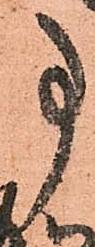
事